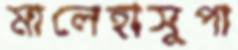
মালেহাসুপা